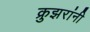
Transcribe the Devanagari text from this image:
क्रुझरांनी